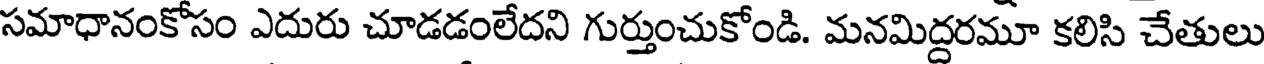
సమాధానంకోసం ఎదురు చూడడంలేదని గుర్తుంచుకోండి. మనమిద్దరమూ కలిసి చేతులు